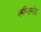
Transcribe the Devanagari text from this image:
व्हीप्सनेड